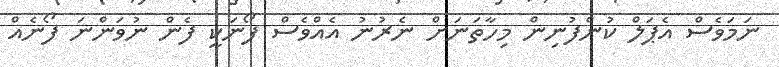
ނަމަވެސް އެޕަލް ކުންފުނިން މިހާތަނަށް ނެރުނު އެއްވެސް ފޯނަކީ ފެން ނުވަންނަ ފޯނެއް